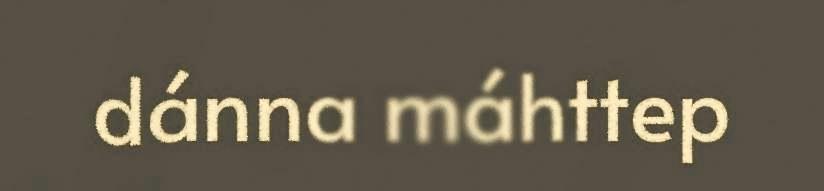
dánna máhttep